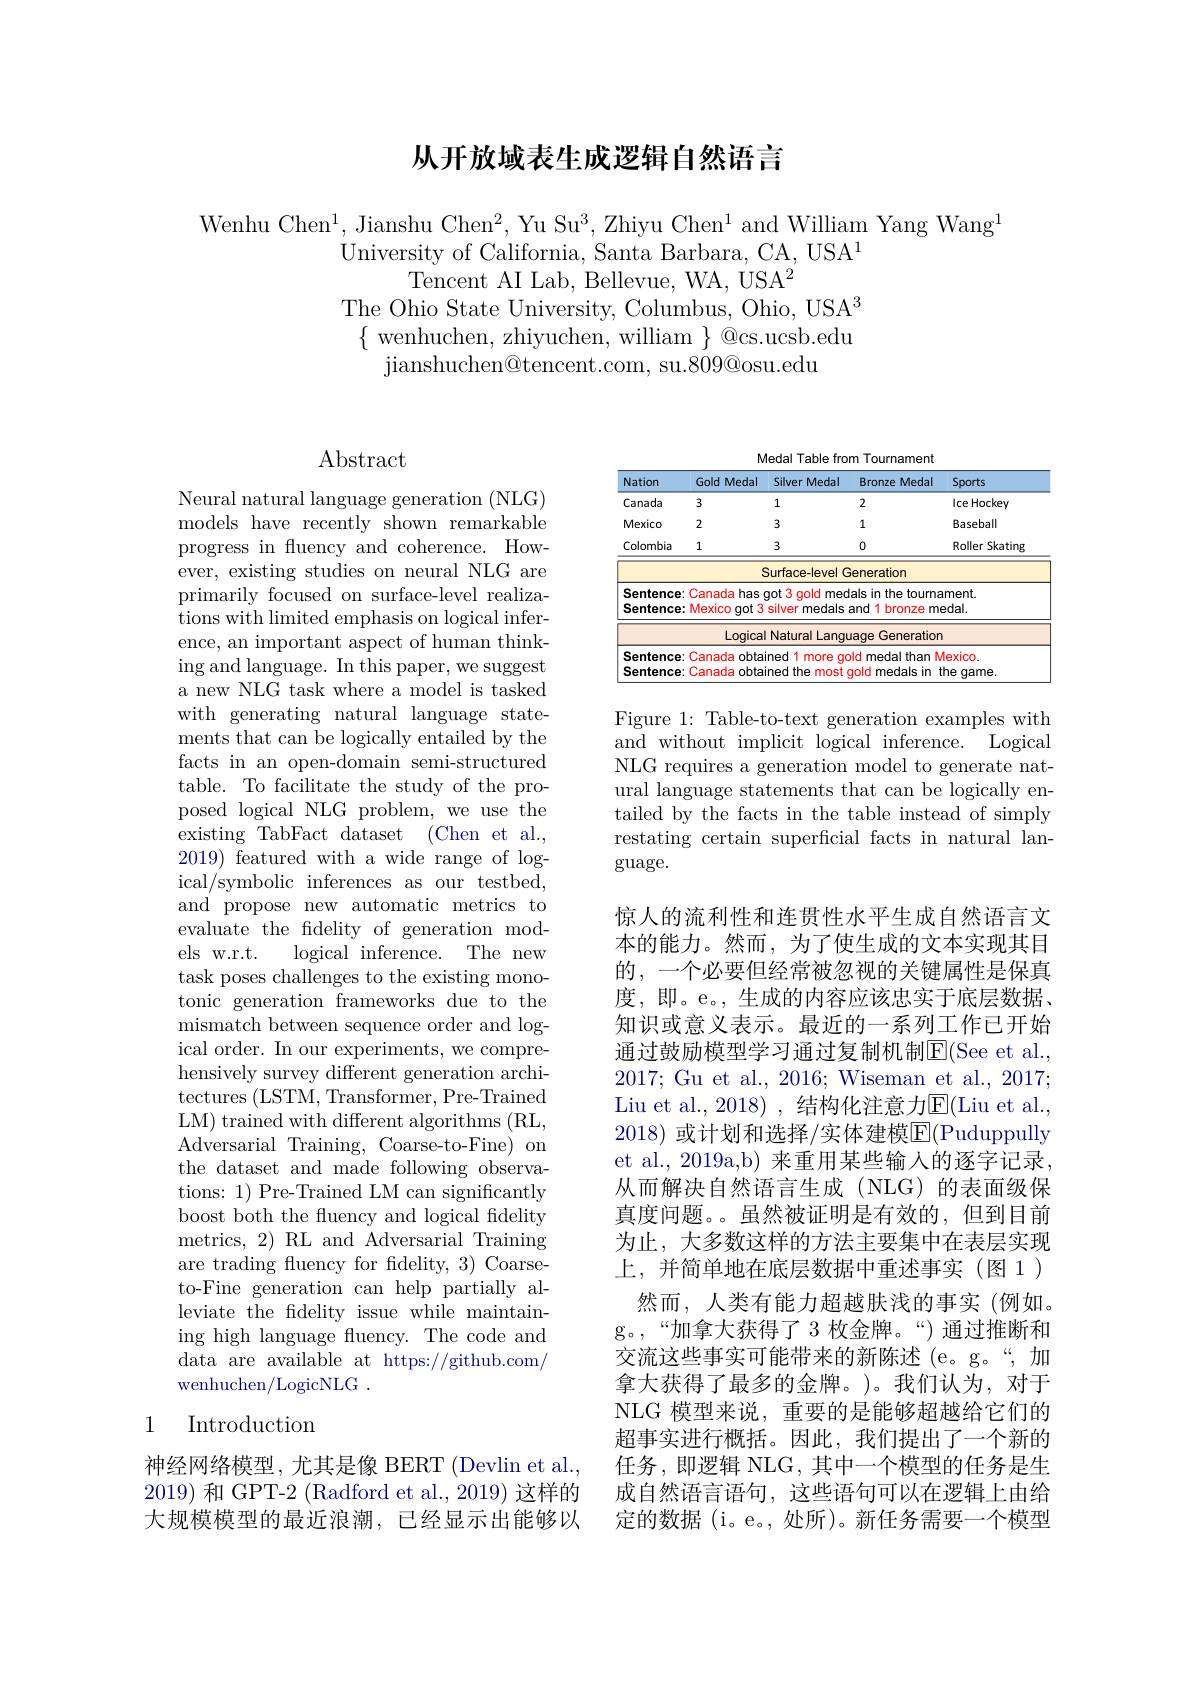
# 从开放域表生成逻辑自然语言

Wenhu Chen$^1$, Jianshu Chen$^2$, Yu Su$^3$,Zhiyu Chen$^1$ and William Yang Wang$^1$
University of California, Santa Barbara, CA, USA$^1$
Tencent AI Lab, Bellevue, WA, USA$^2$
The Ohio State University, Columbus, Ohio, USA$^3$
$\{$wenhuchen, zhiyuchen, william $\}$@cs.ucsb.edu
${\mathrm{jianshuchen@tencent.com,~su.809@osu.edu}}$

# $\operatorname{Abstract}$

Neural natural language generation (NLG) models have recently shown remarkable progress in fluency and coherence. However, existing studies on neural NLG are primarily focused on surface-level realizations with limited emphasis on logical inference, an important aspect of human thinking and language. In this paper, we suggest a new NLG task where a model is tasked with generating natural language statements that can be logically entailed by the facts in an open-domain semi-structured table. To facilitate the study of the proposed logical NLG problem, we use the existing TabFact dataset (Chen et al., 2019) featured with a wide range of logical/symbolic inferences as our testbed, and propose new automatic metrics to evaluate the fidelity of generation models w.r.t.
logical inference. The new
task poses challenges to the existing monotonic generation frameworks due to the mismatch between sequence order and logical order. In our experiments, we comprehensively survey different generation architectures ( LSTM, Transformer, Pre- Trained LM) trained with different algorithms (RL, Adversarial Training, Coarse-to-Fine) on the dataset and made following observations: 1) Pre-Trained LM can significantly boost both the fluency and logical fidelity metrics, 2) RL and Adversarial Training are trading fuency for fidelity, 3) Coarseto-Fine generation can help partially alleviate the fidelity issue while maintaining high language fluency. The code and data are available at https://github.com/ wenhuchen/LogicNLG~.

# 1 Introduction

神经网络模型，尤其是像 BERT (Devlin et al. 2019)和 GPT-2 (Radford et al., 2019) 这样的大规模模型的最近浪潮，已经显示出能够以

Medal Table from Tournament
<table>
	<tbody>
		<tr>
			<th>Nation</th>
			<th>Gold Medal</th>
			<th>Silver P Medal</th>
			<th>Bronze Medal</th>
			<th>Sports</th>
		</tr>
		<tr>
			<td>Canada</td>
			<td>3</td>
			<td>1</td>
			<td>2</td>
			<td>lce Hockey</td>
		</tr>
		<tr>
			<td>Mexico</td>
			<td>2</td>
			<td>3</td>
			<td>1</td>
			<td>Baseball</td>
		</tr>
		<tr>
			<td>Colombia</td>
			<td>1</td>
			<td>3</td>
			<td>0</td>
			<td>Roller Skating</td>
		</tr>
		<tr>
			<td> </td>
			<td> </td>
			<td>Surface-level</td>
			<td>Seneration</td>
			<td> </td>
		</tr>
		<tr>
			<td>Sentence Sentence</td>
			<td>Canada has Mexico got 3</td>
			<td>3 gold qot mec silver medals</td>
			<td>lals in the tourna and 11 bronze me</td>
			<td>ment. $\exists$dal.</td>
		</tr>
		<tr>
			<td> </td>
			<td>Logica</td>
			<td>Natural Lange</td>
			<td>Generatior jage</td>
			<td> </td>
		</tr>
		<tr>
			<td>Sentence Sentence</td>
			<td>Canada obta Canada obta</td>
			<td>ined 1 more $gc$ ined 1 the most</td>
			<td>xld medal than gold medals $in$</td>
			<td>$1exico$ he qame.</td>
		</tr>
	</tbody>
</table>

Figure 1: Table-to-text generation examples with and without implicit logical inference. Logical NLG requires a generation model to generate natural language statements that can be logically entailed by the facts in the table instead of simply restating certain superficial facts in natural lan- $\gcd$uage.

惊人的流利性和连贯性水平生成自然语言文本的能力。然而，为了使生成的文本实现其目的，一个必要但经常被忽视的关键属性是保真度，即。e。, 生成的内容应该忠实于底层数据、 知识或意义表示。最近的一系列工作已开始通过鼓励模型学习通过复制机制$\overline{\mathrm{E}}($See et al., 2017; Gu et al., 2016; Wiseman et al., 2017; Liu et al., 2018) , 结构化注意力$\overline{\mathrm{E}}($Liu et al., 2018) 或计划和选择/实体建模$\mathbb{E}($Puduppully et al., 2019a,b) 来重用某些输人的逐字记录， 从而解决自然语言生成(NLG)的表面级保真度问题。。虽然被证明是有效的，但到目前为止，大多数这样的方法主要集中在表层实现上，并简单地在底层数据中重述事实(图1) 然而，人类有能力超越肤浅的事实(例如。
g。,“加拿大获得了 3 枚金牌。“) 通过推断和交流这些事实可能带来的新陈述 (e。g。“,加拿大获得了最多的金牌。)。我们认为，对于NLG 模型来说，重要的是能够超越给它们的超事实进行概括。因此，我们提出了一个新的任务，即逻辑 NLG, 其中一个模型的任务是生成自然语言语句，这些语句可以在逻辑上由给定的数据(i。e。,处所)。新任务需要一个模型